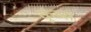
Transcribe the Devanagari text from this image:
कूंब्स